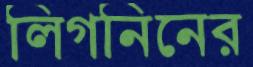
লিগনিনের